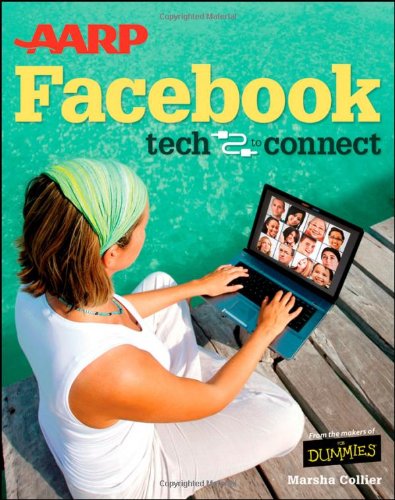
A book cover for AARP Facebook: Tech to Connect; Marsha Collier; Computers & Technology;